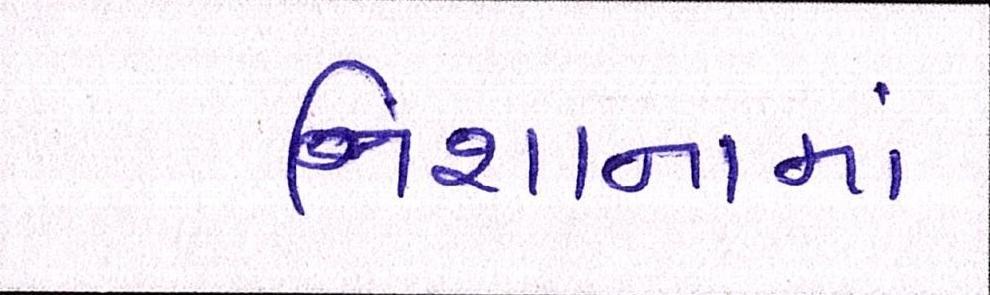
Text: નિશાનામાં